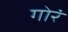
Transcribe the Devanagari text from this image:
गोरं